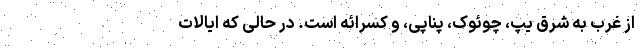
از غرب به شرق یَپ، چوئوک، پُناپی، و کُسرائه است. در حالی که ایالات